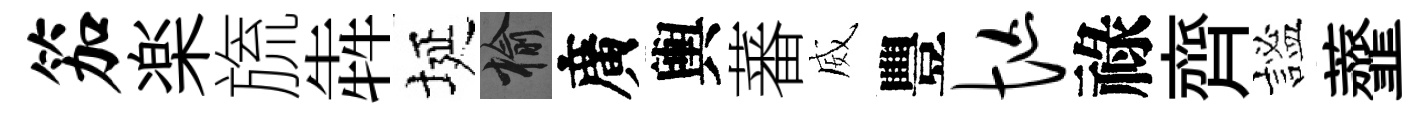
笳楽旒犇埏榆廣輿蕃威豐忙祿齊謐虀